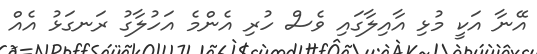
އޭނާ އަކީ މުޅި އާއިލާގައި ވެސް ހުރި އެންމެ އަހުލާގު ރަނގަޅު އެއް